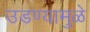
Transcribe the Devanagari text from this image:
उडण्यामुळे